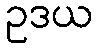
ဥဒယ